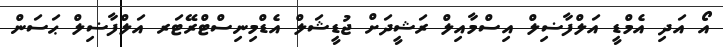
އޯ އަދި އެމްޑީ އަލްފާޟިލް އިސްމާއިލް ރަޝީދަށް ޖުޑީޝަލް އެޑްމިނިސްޓްރޭޓަރ އަލްފާޟިލް ޙަސަން